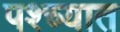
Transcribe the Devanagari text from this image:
पश्‍च्यात